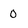
Character: O